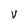
Character: V